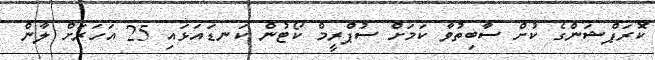
ކޮރަޕްޝަންގެ ކުށް ސާބިތުވާ ކަމަށް ސުޕްރީމް ކޯޓުން ކަނޑައަޅައި 25 އަހަރަށް ލާން